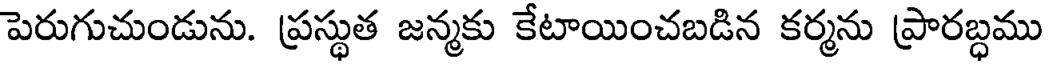
పెరుగుచుండును. ప్రస్థుత జన్మకు కేటాయించబడిన కర్మను ప్రారబ్ధము